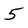
Character: 5